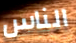
الناس